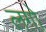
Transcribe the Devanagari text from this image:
लग़ो